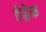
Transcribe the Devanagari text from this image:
हेड्रेक